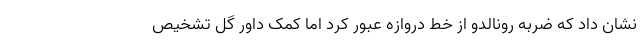
نشان داد که ضربه رونالدو از خط دروازه عبور کرد اما کمک داور گل تشخیص